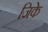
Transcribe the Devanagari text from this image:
जिके